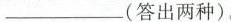
____________(答出两种)。